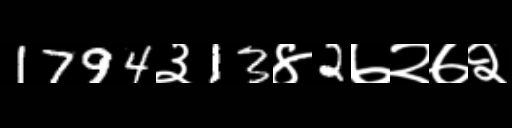
Text: 1794३13४2७२७२